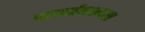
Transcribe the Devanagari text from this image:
परावर्तनक्षमता